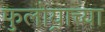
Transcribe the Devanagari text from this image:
फुलोर्‍याच्या